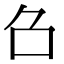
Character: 𠮥